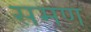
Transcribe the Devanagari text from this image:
समण